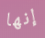
إنها